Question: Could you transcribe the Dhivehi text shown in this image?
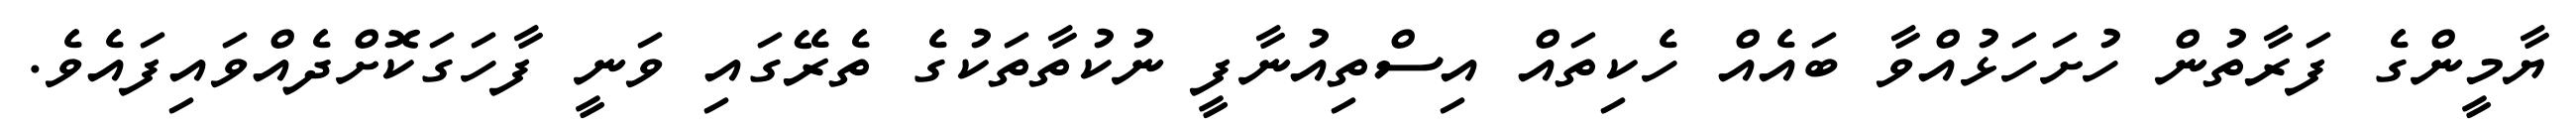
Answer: ޔާމީންގެ ފަރާތުން ހުށަހަޅުއްވާ ބައެއް ހެކިތައް އިސްތިއުނާފީ ނުކުތާތަކުގެ ތެރޭގައި ވަނީ ފާހަގަކޮށްދެއްވައިފައެވެ.